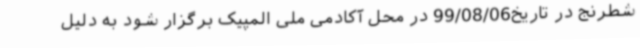
شطرنج در تاریخ99/08/06 در محل آکادمی ملی المپیک برگزار شود به دلیل